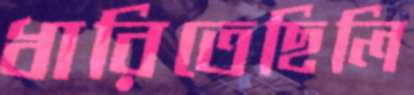
ধারিতেছিলি